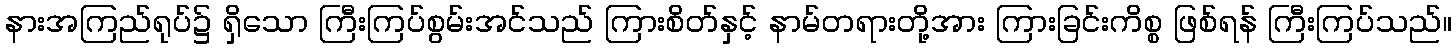
နားအကြည်ရုပ်၌ ရှိသော ကြီးကြပ်စွမ်းအင်သည် ကြားစိတ်နှင့် နာမ်တရားတို့အား ကြားခြင်းကိစ္စ ဖြစ်ရန် ကြီးကြပ်သည်။